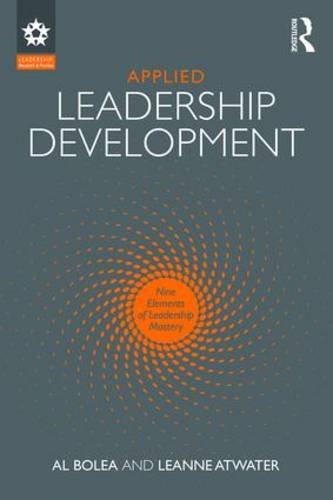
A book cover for Applied Leadership Development: Nine Elements of Leadership Mastery (LEADERSHIP: Research and Practice); Al Bolea; Medical Books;